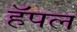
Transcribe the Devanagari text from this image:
हॅपल